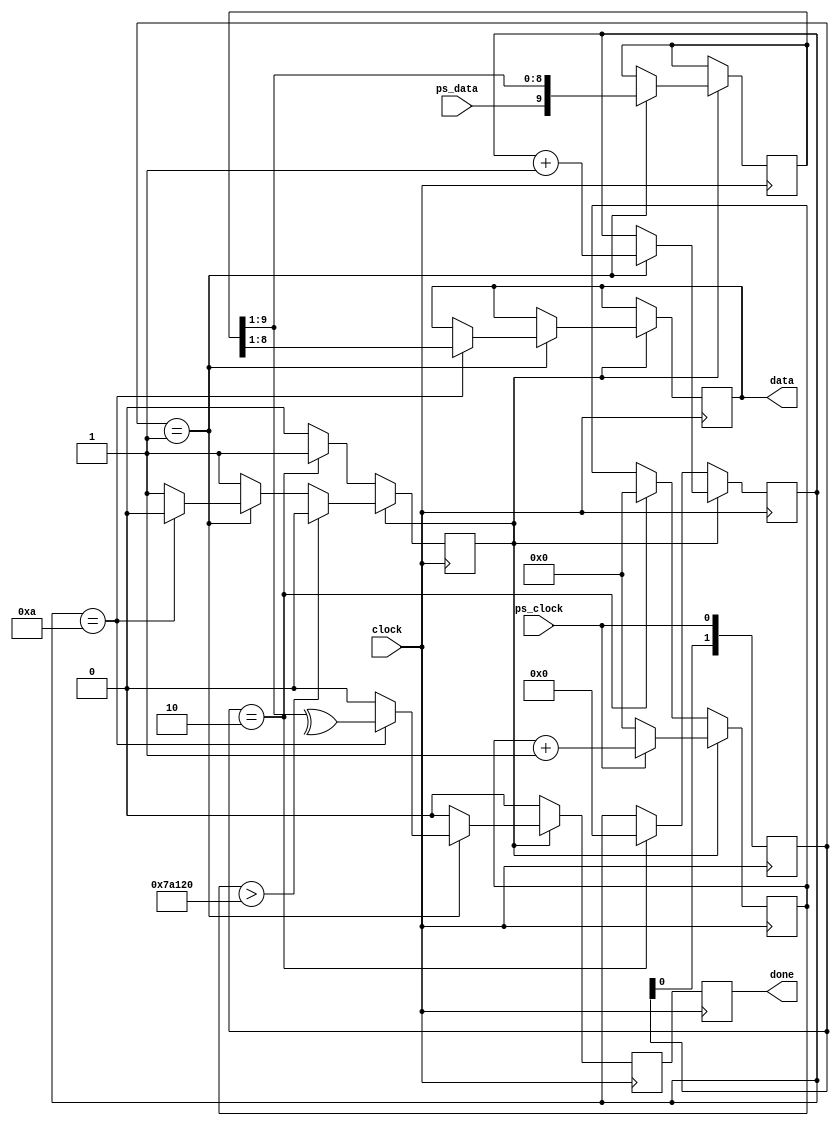
// verilator lint_off WIDTH

/*
 *    
 */

module ps2
(
    input   clock,           //   25 
    input   ps_clock,        // ,    CLOCK  PS/2
    input   ps_data,         //  DATA

    output reg       done,   //  =1,   
    output reg [7:0] data    //    PS/2
);

initial begin data = 8'h00; done = 1'b0; end

/* verilator lint_off UNUSED */
reg         kbusy   = 1'b0;   // =1       () DATA
reg         kdone   = 1'b0;   // =1   , ""   `done`
reg [1:0]   klatch  = 2'b00;  //         CLOCK
reg [3:0]   kcount  = 1'b0;   //   CLOCK
reg [9:0]   kin     = 1'b0;   //       DATA
reg [19:0]  kout    = 1'b0;   //    ""     

always @(negedge clock) done <= kdone;

always @(posedge clock) begin

    kdone <= 1'b0;

    //   
    if (kbusy) begin

        //  
        if (klatch == 2'b01) begin

            //  
            if (kcount == 4'hA) begin

                data    <= kin[8:1];
                kbusy   <= 1'b0;
                kdone   <= ^kin[9:1]; // =1   

            end

            kcount  <= kcount + 1'b1;
            kin     <= {ps_data, kin[9:1]};

        end

        //  " "
        kout <= ps_clock ? kout + 1 : 1'b0;

        //     20 ,     
        if (kout > 25000*20) kbusy <= 1'b0;

    end else begin

        //    \__
        if (klatch == 2'b10) begin

            kbusy   <= 1'b1; //   
            kcount  <= 1'b0; //     0
            kout    <= 1'b0;

        end

    end

    klatch <= {klatch[0], ps_clock};

end

endmodule